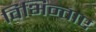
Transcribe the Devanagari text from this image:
विभिन्ताए